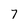
Character: 7